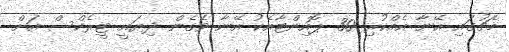
މެޗުގައި އޭނާ އެއްކުރި 30 ޕޮއިންޓާއެކު އޭނާ ވެގެން ދިޔައީ ޓީރެކްސް އަށް